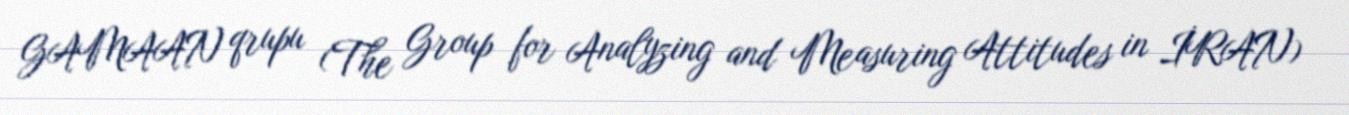
GAMAAN qrupu (The Group for Analyzing and Measuring Attitudes in İRAN)